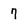
Character: 7